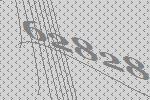
62828